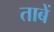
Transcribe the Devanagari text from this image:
ताबें